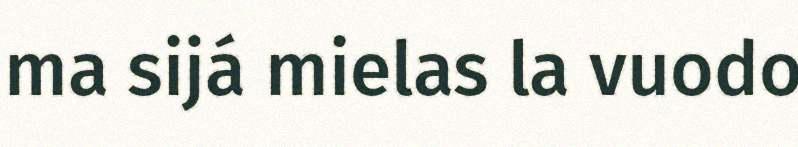
ma sijá mielas la vuodo